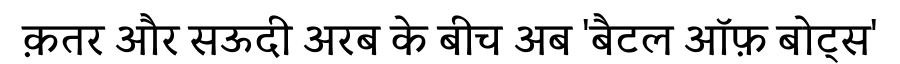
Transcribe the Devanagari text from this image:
क़तर और सऊदी अरब के बीच अब 'बैटल ऑफ़ बोट्स'